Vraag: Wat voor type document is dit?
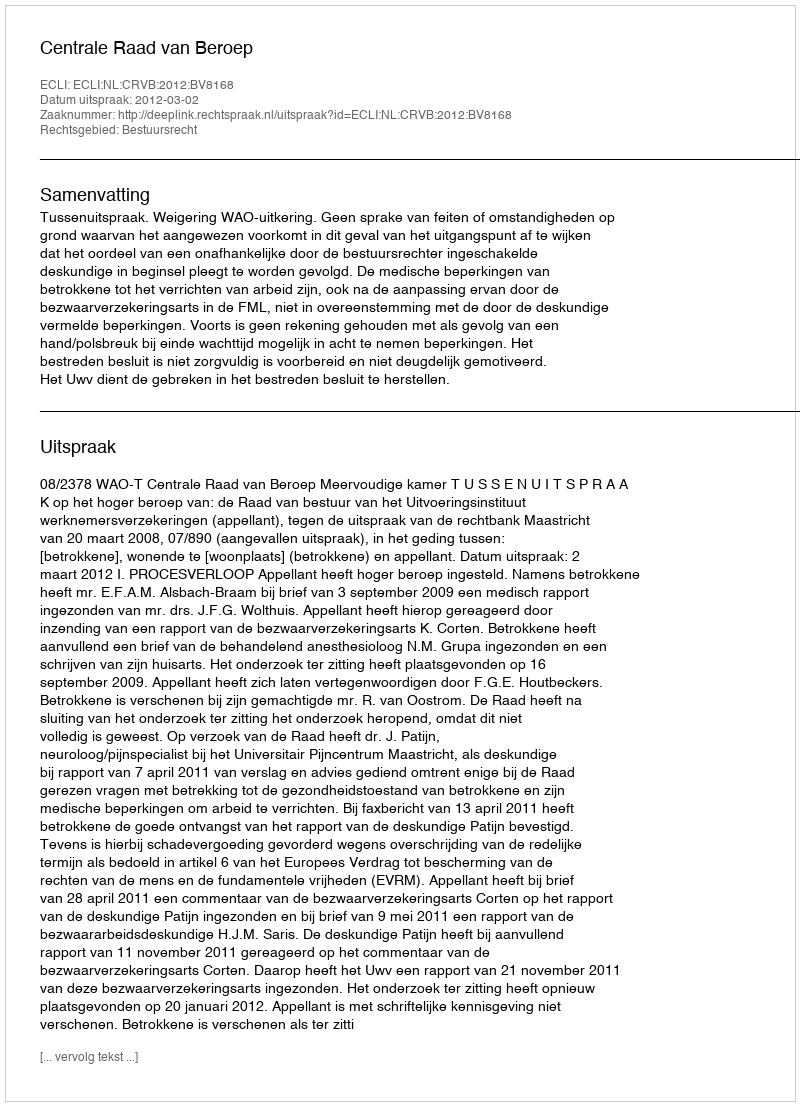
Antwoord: Uitspraak